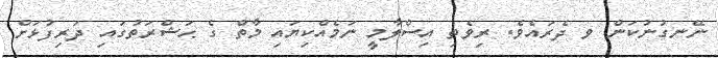
ނޭނގުނުކަން ވ ދެރައެވެ. ރިވެތި އިސްލާމީ ނަމެއްކިޔައި މާތް ގެ ޙަޝްރަތުގައި ދަރިފުޅަށް